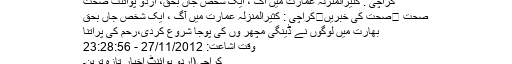
کراچی : کثیرالمنزلہ عمارت میں آگ ، ایک شخص جاں بحق، اُردو پوائنٹ صحت
صحت ⬅صحت کی خبریں⬅کراچی : کثیرالمنزلہ عمارت میں آگ ، ایک شخص جاں بحق
بھارت میں لوگوں نے ڈینگی مچھر وں کی پوجا شروع کردی،رحم کی پراتنا
وقت اشاعت: 27/11/2012 - 23:28:56
کراچی(اُردو پوائنٹ اخبار تازہ ترین۔